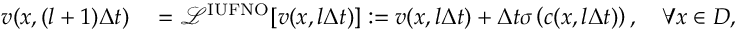
\begin{array} { r l } { { v } ( x , ( l + 1 ) \Delta t ) } & { { } = \mathcal { L } ^ { \mathrm { I U F N O } } [ { v } ( { x } , l \Delta t ) ] : = { v } ( { x } , l \Delta t ) + \Delta t \sigma \left( c ( x , l \Delta t ) \right) , \quad \forall x \in D , } \end{array}